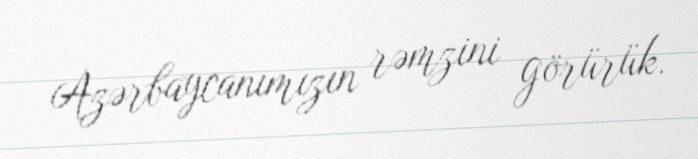
Azərbaycanımızın rəmzini görürük.